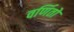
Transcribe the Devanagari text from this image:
वर्णितो